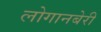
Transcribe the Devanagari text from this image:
लोगानबेरी